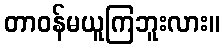
တာဝန်မယူကြဘူးလား။